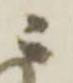
ニ